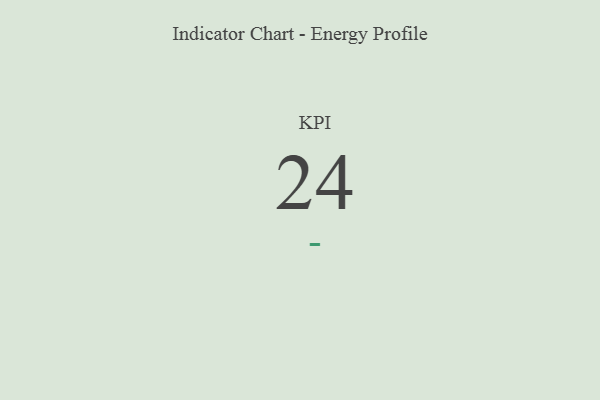
{"axis": {"x": "KPI", "y": "Value"}, "legend": [""], "data": [{"x": "KPI", "y": 24, "type": ""}]}